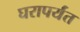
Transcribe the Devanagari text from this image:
घरापर्यंत